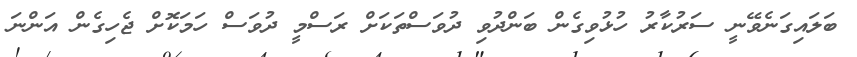
ބަލައިގަނެވޭނީ ސަރުކާރު ހުޅުވިގެން ބަންދުވި ދުވަސްތަކަށް ރަސްމީ ދުވަސް ހަމަކޮށް ޖެހިގެން އަންނަ